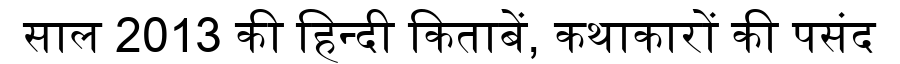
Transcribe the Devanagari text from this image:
साल 2013 की हिन्दी किताबें, कथाकारों की पसंद